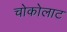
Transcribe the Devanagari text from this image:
चोकोलाट